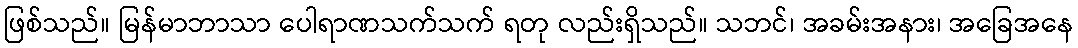
ဖြစ်သည်။ မြန်မာဘာသာ ပေါရာဏသက်သက် ရတု လည်းရှိသည်။ သဘင်၊ အခမ်းအနား၊ အခြေအနေ